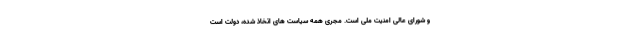
و شورای عالی امنیت ملی است. مجری همه سیاست های اتخاذ شده، دولت است